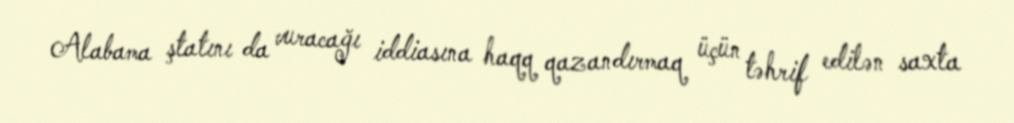
Alabama ştatını da vuracağı iddiasına haqq qazandırmaq üçün təhrif edilən saxta